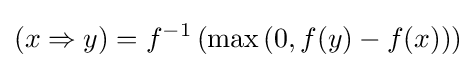
(x\Rightarrow y)=f^{-1}\left(\max \left(0,f(y)-f(x)\right)\right)